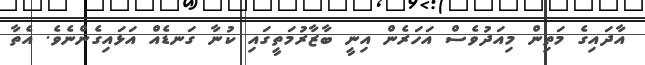
އާދައިގެ މަތިން މިއަދުވެސް އަހަރެން އިނީ ބާޒާރުމަތީގައި ކުނާ ގަނޑެއް އަޅައިގެންނެވެ. އެތާ